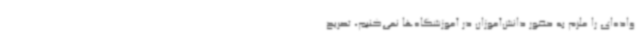
واده‌ای را ملزم به حضور دانش‌آموزان در آموزشگاه‌ها نمی‌کنیم، تصریح